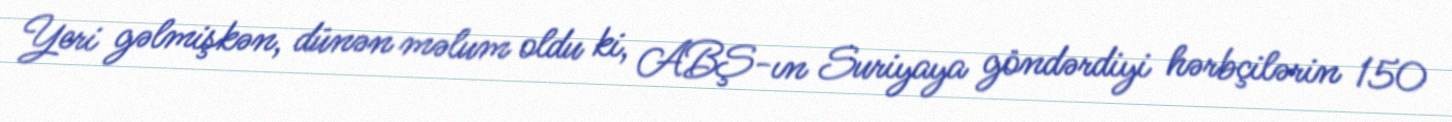
Yeri gəlmişkən, dünən məlum oldu ki, ABŞ-ın Suriyaya göndərdiyi hərbçilərin 150